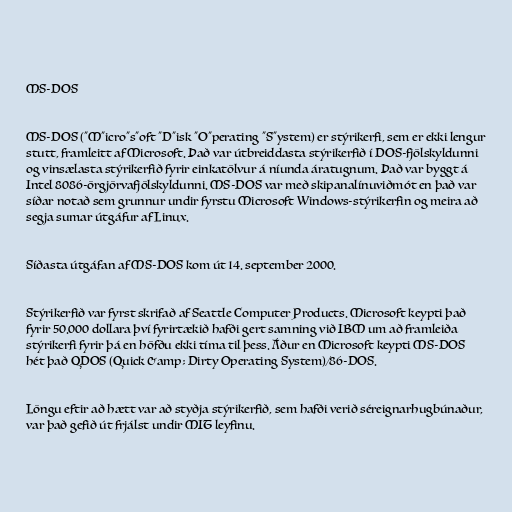
MS-DOS

MS-DOS ("M"icro"s"oft "D"isk "O"perating "S"ystem) er stýrikerfi, sem er ekki lengur
stutt, framleitt af Microsoft. Það var útbreiddasta stýrikerfið í DOS-fjölskyldunni
og vinsælasta stýrikerfið fyrir einkatölvur á níunda áratugnum. Það var byggt á
Intel 8086-örgjörvafjölskyldunni. MS-DOS var með skipanalínuviðmót en það var
síðar notað sem grunnur undir fyrstu Microsoft Windows-stýrikerfin og meira að
segja sumar útgáfur af Linux.

Síðasta útgáfan af MS-DOS kom út 14. september 2000.

Stýrikerfið var fyrst skrifað af Seattle Computer Products. Microsoft keypti það
fyrir 50.000 dollara því fyrirtækið hafði gert samning við IBM um að framleiða
stýrikerfi fyrir þá en höfðu ekki tíma til þess. Áður en Microsoft keypti MS-DOS
hét það QDOS (Quick &amp; Dirty Operating System)/86-DOS.

Löngu eftir að hætt var að styðja stýrikerfið, sem hafði verið séreignarhugbúnaður,
var það gefið út frjálst undir MIT leyfinu.